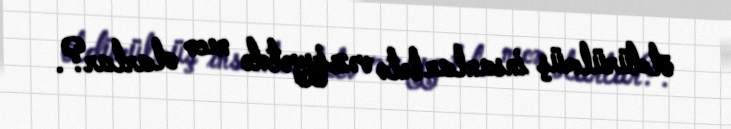
öldürülmüş insanlar belə vəziyyətdə necə olarlar?.